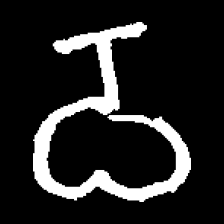
Pyu character \u2014 Myanmar letter: ဝ (romanized: wa)